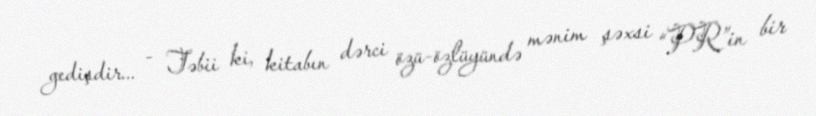
gedişdir... - Təbii ki, kitabın dərci özü-özlüyündə mənim şəxsi “PR”in bir